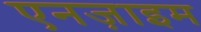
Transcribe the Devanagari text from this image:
एनज़ाइम